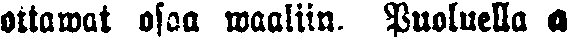
ottawat osaa waaliin. Puoluella a